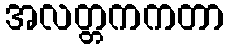
အလတ္တကကတာ